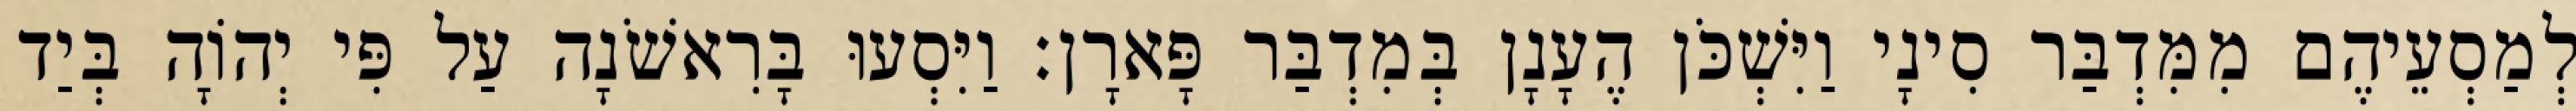
לְמַסְעֵיהֶם מִמִּדְבַּר סִינָי וַיִּשְׁכֹּן הֶעָנָן בְּמִדְבַּר פָּארָן׃ וַיִּסְעוּ בָּרִאשֹׁנָה עַל פִּי יְהוָֹה בְּיַד